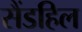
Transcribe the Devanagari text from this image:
सैंडहिल